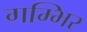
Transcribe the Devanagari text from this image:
गम्भिर